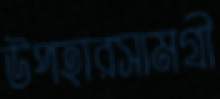
উপহারসামগ্রী